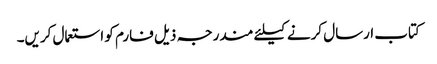
کتاب ارسال کرنے کیلئے مندرجہ ذیل فارم کو استعمال کریں۔